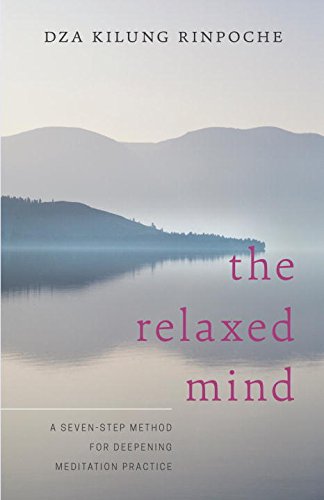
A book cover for The Relaxed Mind: A Seven-Step Method for Deepening Meditation Practice; Dza Kilung Rinpoche; Religion & Spirituality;